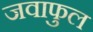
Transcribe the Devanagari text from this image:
जवाफुल